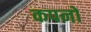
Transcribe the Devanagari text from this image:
कपनों